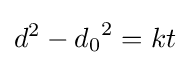
d^{2}-{d_{0}}^{2}=kt\,\!